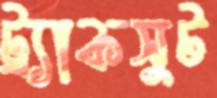
ট্র্যাকসুট